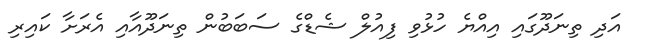
އަދި ތިނަދޫގައި އިއްޔެ ހުޅުވި ފިއުލް ޝެޑްގެ ސަބަބުން ތިނަދޫއާއި އެރަށާ ކައިރި